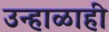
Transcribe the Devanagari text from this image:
उन्हाळाही